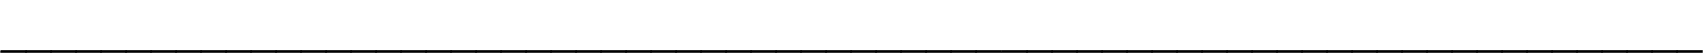
____________________________________________________________________